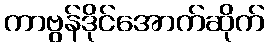
ကာဗွန်ဒိုင်အောက်ဆိုက်